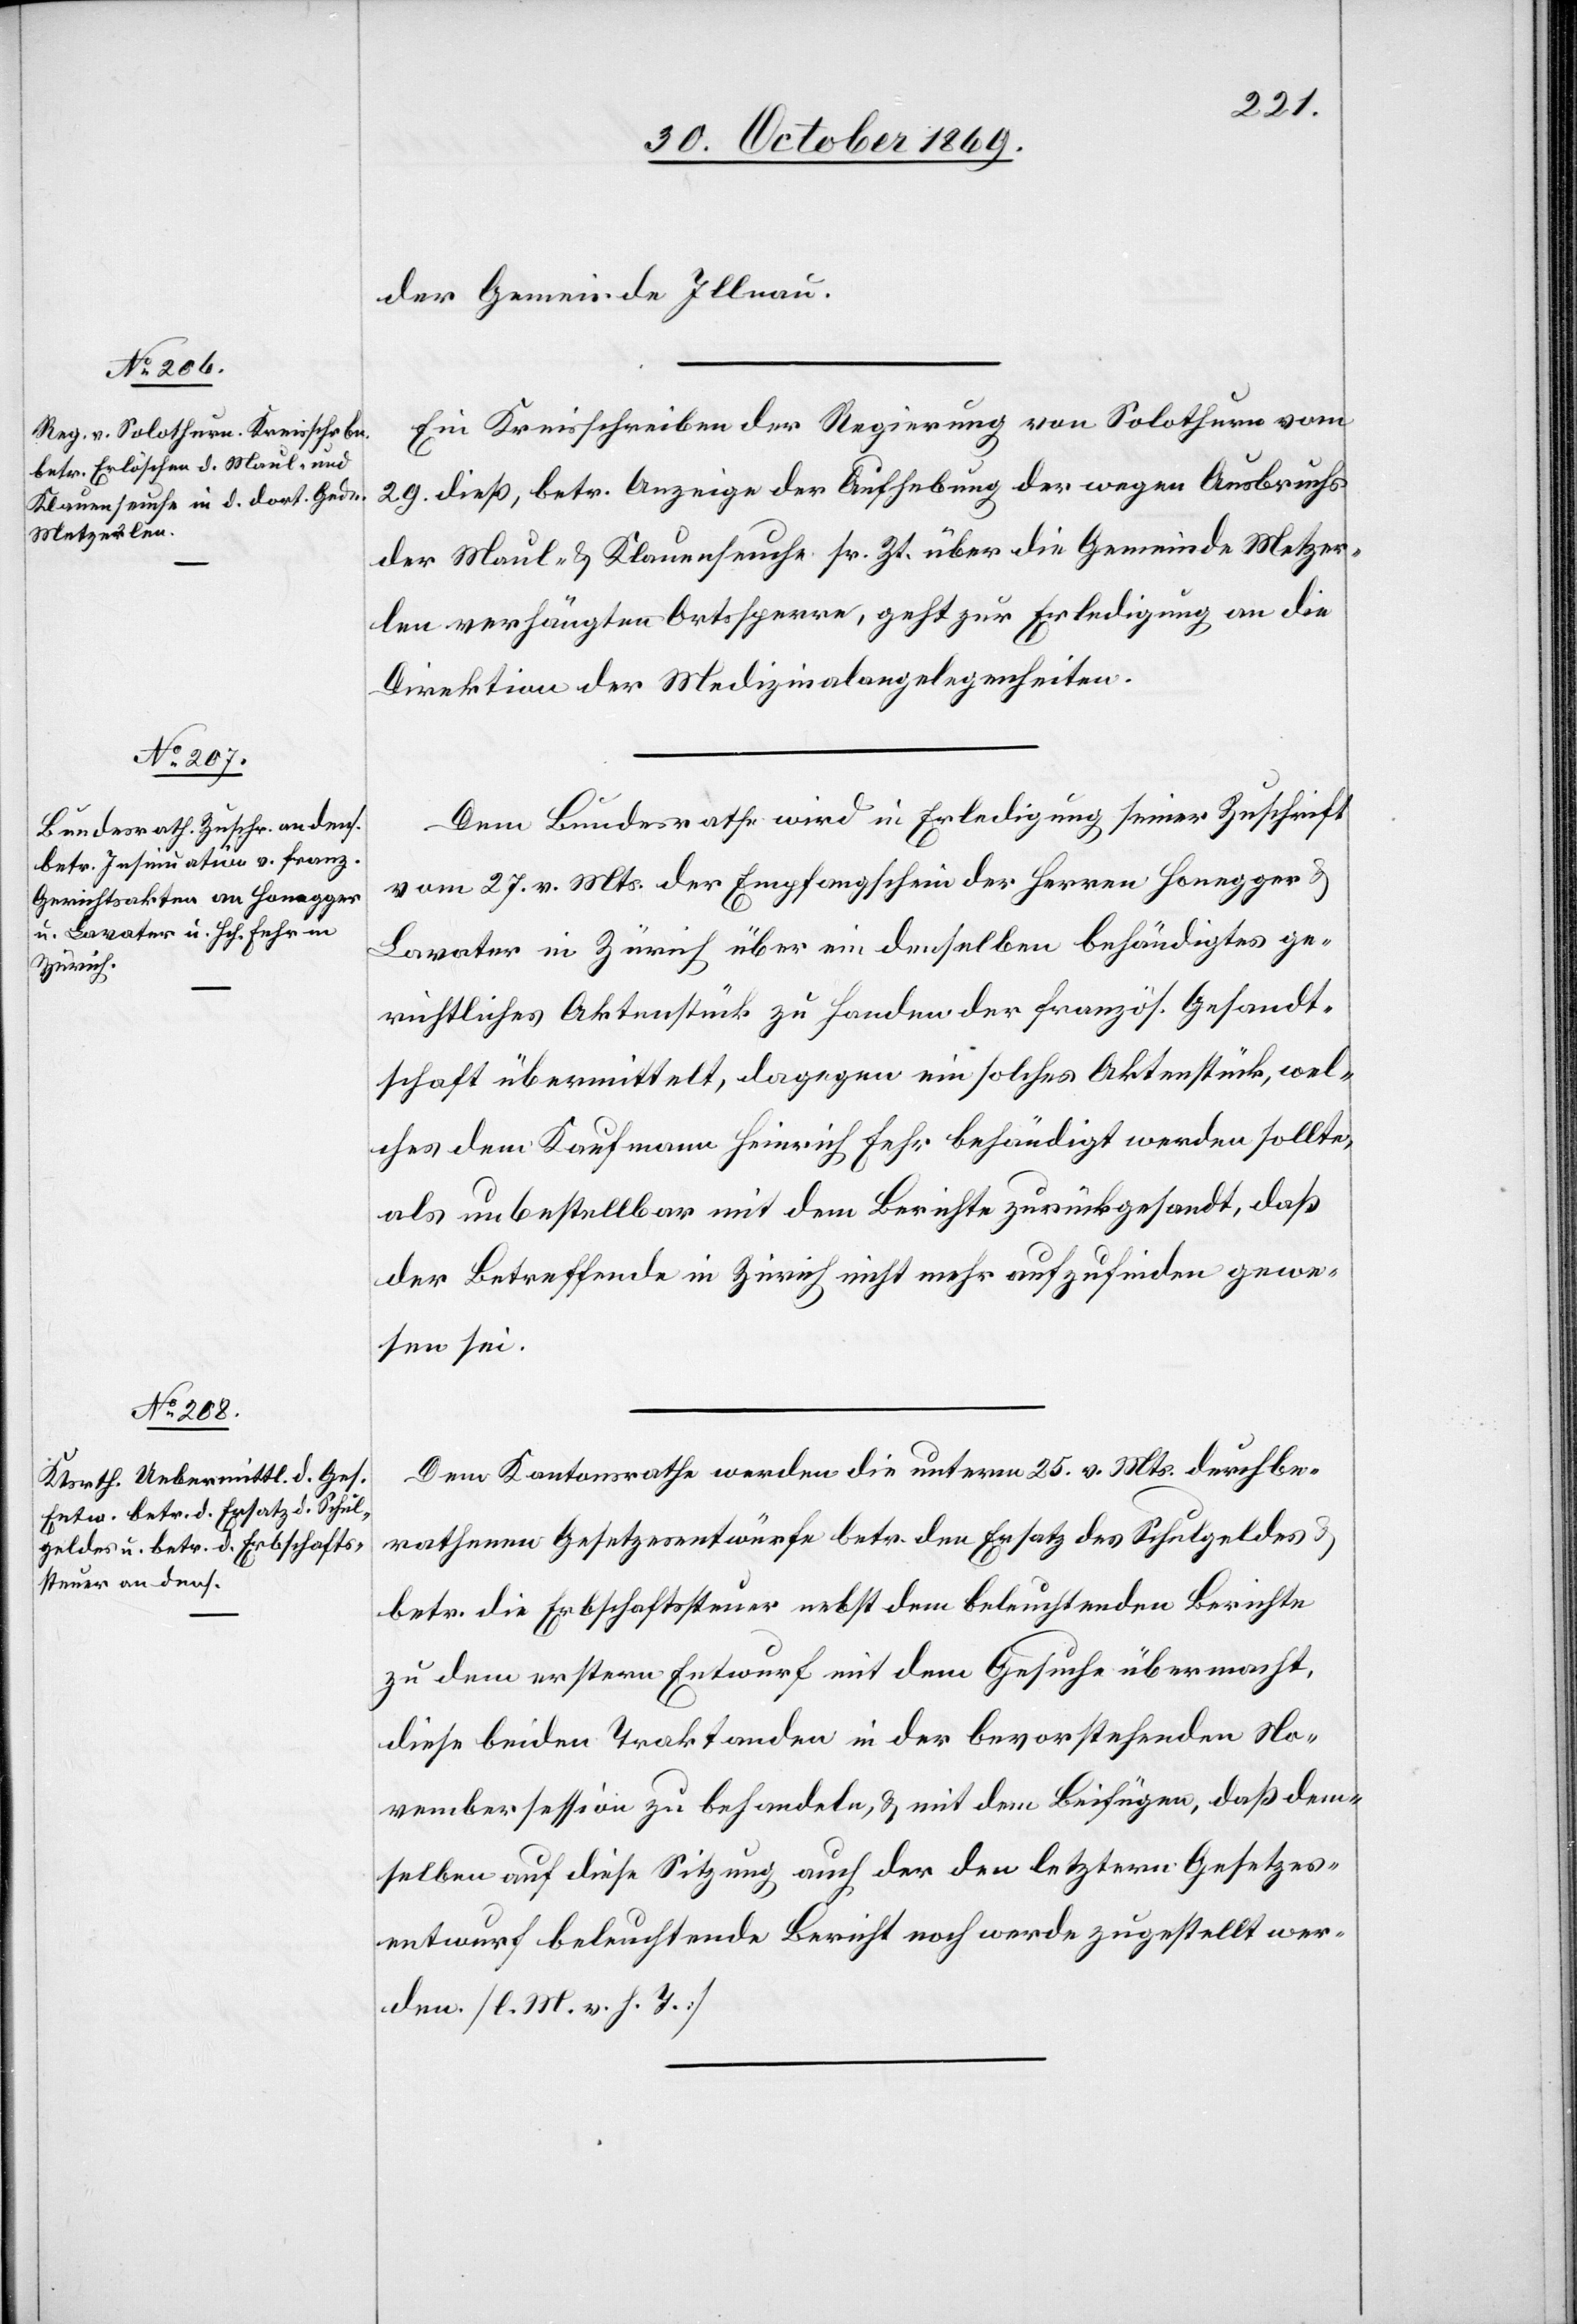
der Gemeinde Illnau.
Ein Kreisschreiben der Regierung von Solothurn vom
29. dieß, betr. Anzeige der Aufhebung der wegen Ausbruchs
der Maul- & Klauenseuche sr. Zt. über die Gemeinde Metzer¬
len verhängten Ortssperre, geht zur Erledigung an die
Direktion der Medizinalangelegenheiten.
Dem Bundesrathe wird in Erledigung seiner Zuschrift
vom 27. v. Mts. der Empfangschein der Herren Honegger &
Lavater in Zürich über ein denselben behändigtes ge¬
richtliches Aktenstück zu Handen der französ. Gesandt¬
schaft übermittelt, dagegen ein solches Aktenstück, wel¬
ches dem Kaufmann Heinrich Fehr behändigt werden sollte,
als unbestellbar mit dem Berichte zurückgesandt, daß
der Betreffende in Zürich nicht mehr aufzufinden gewe¬
sen sei.
Dem Kantonsrathe werden die unterm 25. v. Mts. durchbe¬
rathenen Gesetzesentwürfe betr. den Ersatz des Schulgeldes &
betr. die Erbschaftssteuer nebst dem beleuchtenden Berichte
zu dem erstern Entwurf mit dem Gesuche übermacht,
diese beiden Traktanden in der bevorstehenden No¬
vembersession zu behandeln, & mit dem Beifügen, daß dem¬
selben auf diese Sitzung auch der den letztern Gesetzes¬
entwurf beleuchtende Bericht noch werde zugestellt wer¬
den. [l. M. v. h. T.]